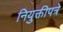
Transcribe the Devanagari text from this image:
नियुक्तीपत्रे